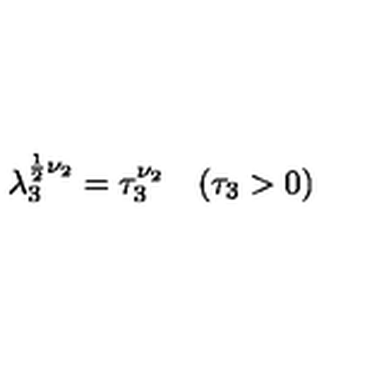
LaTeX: \lambda _ { 3 } ^ { \frac 1 2 \nu _ { 2 } } = \tau _ { 3 } ^ { \nu _ { 2 } } \quad ( \tau _ { 3 } > 0 )